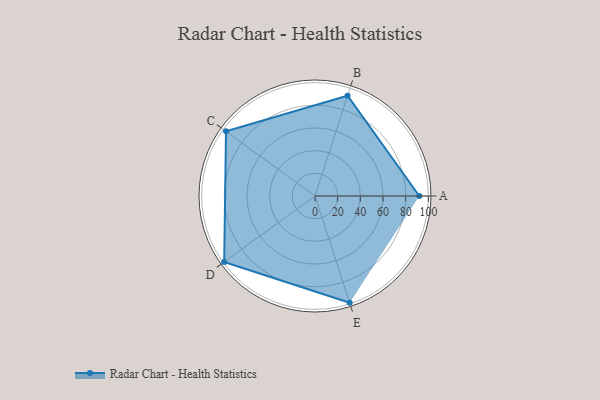
{"axis": {"x": "Skill", "y": "Score"}, "legend": ["Profile"], "data": [{"x": "A", "y": 92.0, "type": "Profile"}, {"x": "B", "y": 93.0, "type": "Profile"}, {"x": "C", "y": 97.0, "type": "Profile"}, {"x": "D", "y": 99, "type": "Profile"}, {"x": "E", "y": 99, "type": "Profile"}]}